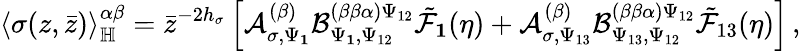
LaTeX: \langle\sigma(z,\bar{z})\rangle_{\mathbb{H}}^{\alpha\beta}=\bar{z}^{-2h_{\sigma}}\left[\mathcal{A}_{\sigma,\Psi_{\mathbf{1}}}^{(\beta)}\mathcal{B}_{\Psi_{\mathbf{1}},\Psi_{12}}^{(\beta\beta\alpha)\Psi_{12}}\tilde{\mathcal{F}}_{\mathbf{1}}(\eta)+\mathcal{A}_{\sigma,\Psi_{13}}^{(\beta)}\mathcal{B}_{\Psi_{13},\Psi_{12}}^{(\beta\beta\alpha)\Psi_{12}}\tilde{\mathcal{F}}_{13}(\eta)\right]\, ,